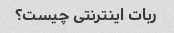
ربات اینترنتی چیست؟